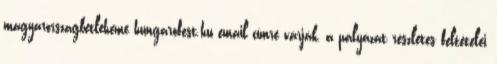
magyarorszagbetleheme hungarofest.hu email címre várják, a pályázat részletes feltételei